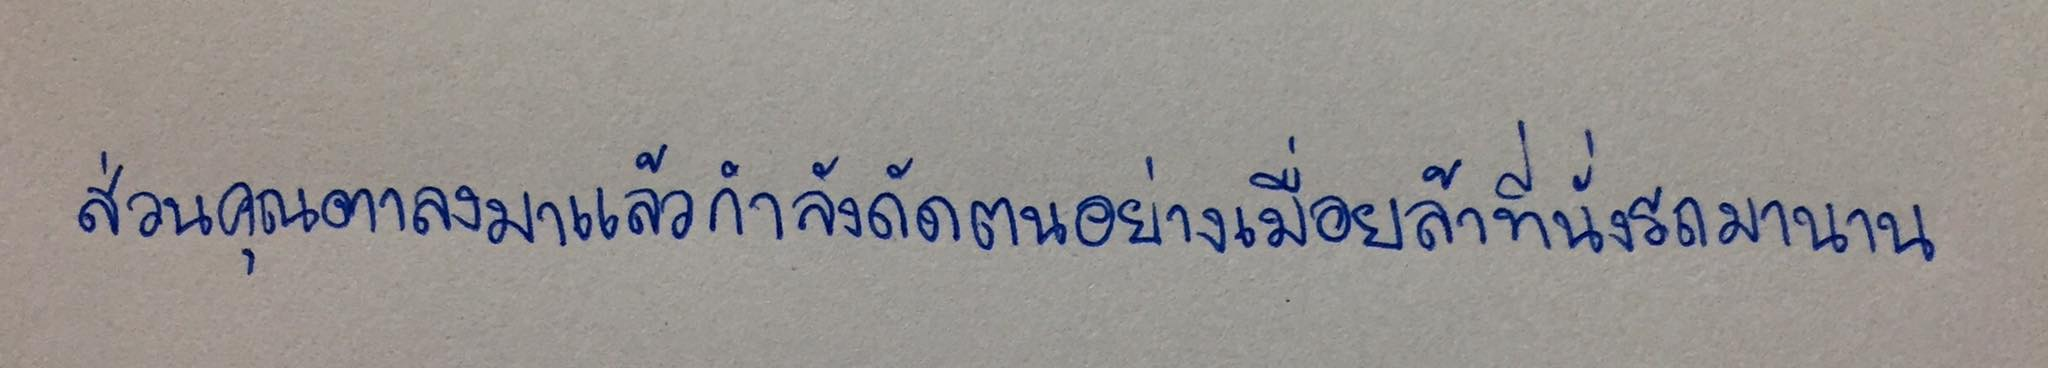
ส่วนคุณตาลงมาแล้วกำลังดัดตนอย่างเมื่อยล้าที่นั่งรถมานาน